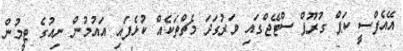
އޭއެފްސީ ކަޕް ގުރޫޕް ސްޓޭޖްގައި ވަރުގަދަ މެޗްތަކެއް ކުޅެފައި އައުމުން ނިއުގެ ޓީމުން